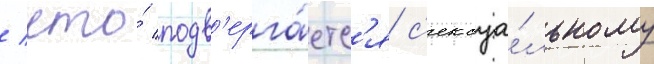
/ что́ подв'ерга́етс'я с'ексуа́льному